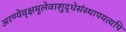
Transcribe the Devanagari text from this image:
अरण्येवृक्षमूलेवाशुद्धेसंस्थापयत्यपि